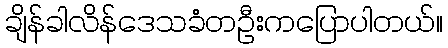
ချိန်ခါလိန်ဒေသခံတဦးကပြောပါတယ်။